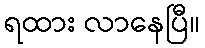
ရထား လာနေပြီ။